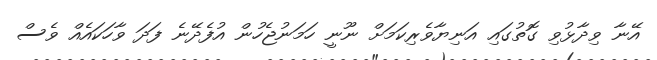
އޭނާ ވިދާޅުވި ގޮތުގައި އަނިޔާވެރިކަމަށް ނޫނީ ހަމަނުޖެހުން އުފެދޭނެ ފަދަ ވާހަކައެއް ވެސް